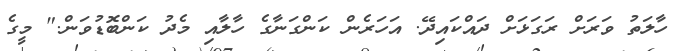
ހާލަތު ވަރަށް ރަގަޅަށް ދައްކައިދޭ. އަހަރެން ކަންގަނާގެ ހާލާއި މެދު ކަންބޮޑުވަން." މީގެ